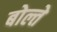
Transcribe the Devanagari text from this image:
बोल्ते